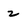
Character: 2